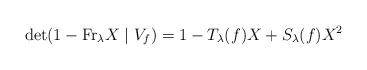
LaTeX: \begin{align*} \det(1-\mathrm{Fr}_\lambda X\mid V_f)=1- T_\lambda(f)X + S_\lambda(f)X^2 \end{align*}